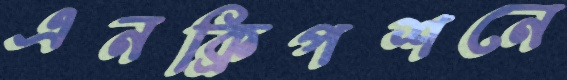
এনক্রিপশনে